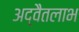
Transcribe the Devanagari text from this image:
अद्वैतलाभ